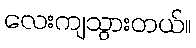
လေးကျသွားတယ်။